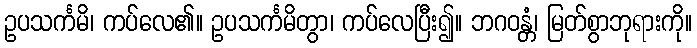
ဥပသင်္ကမိ၊ ကပ်လေ၏။ ဥပသင်္ကမိတွာ၊ ကပ်လေပြီး၍။ ဘဂဝန္တံ၊ မြတ်စွာဘုရားကို။